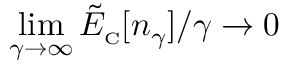
\operatorname* { l i m } _ { \gamma \to \infty } \tilde { E } _ { \scriptscriptstyle \mathrm { C } } [ n _ { \gamma } ] / \gamma \to 0